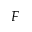
F